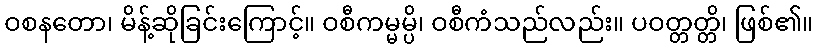
ဝစနတော၊ မိန့်ဆိုခြင်းကြောင့်။ ဝစီကမ္မမ္ပိ၊ ဝစီကံသည်လည်း။ ပဝတ္တတ္တိ၊ ဖြစ်၏။